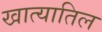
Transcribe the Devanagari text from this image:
खात्यातिल